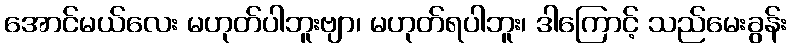
အောင်မယ်လေး မဟုတ်ပါဘူးဗျာ၊ မဟုတ်ရပါဘူး၊ ဒါကြောင့် သည်မေးခွန်း